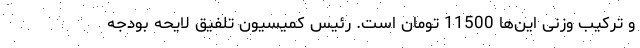
و ترکیب وزنی این‌ها 11500 تومان است. رئیس کمیسیون تلفیق لایحه بودجه